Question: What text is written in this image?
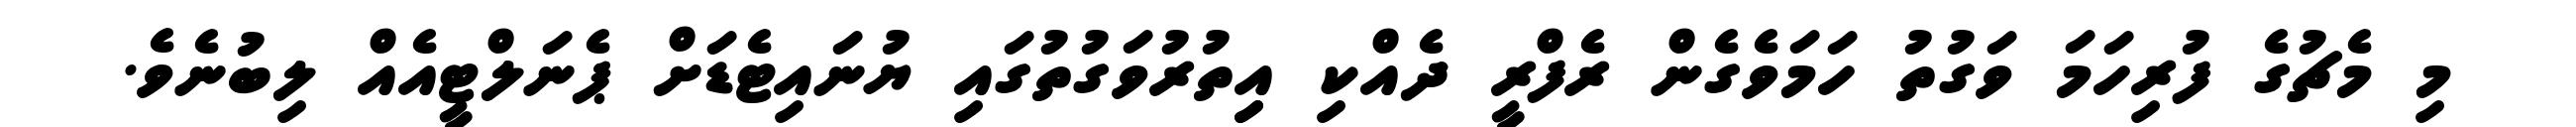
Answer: މި މެޗުގެ ފުރިހަމަ ވަގުތު ހަމަވެގެން ރެފްރީ ދެއްކި އިިތުރުވަގުތުގައި ޔުނައިޓެޑަށް ޕެނަލްޓީއެއް ލިބުނެވެ.